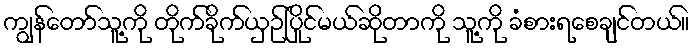
ကျွန်တော်သူ့ကို တိုက်ခိုက်ယှဉ်ပြိုင်မယ်ဆိုတာကို သူ့ကို ခံစားရစေချင်တယ်။